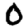
Digit: 0